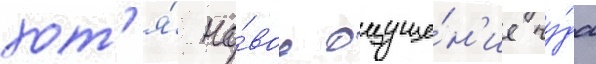
хот'я́ но́вое ощуще́н'ие чу́да